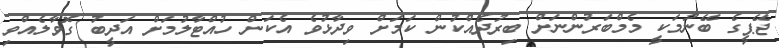
ޖޭޕީގެ ބޭނުމަކީ މެމްބަރުންނަށް ބިރުދެއްކުން ކަމަށް ވިދާޅުވެ އެކަން ހުއްޓާލުމަށް އަދީބު ގޮވާލެއްވި